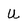
Character: U